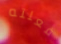
فعلته